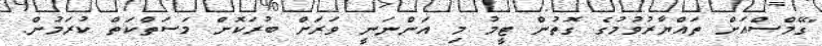
"ގޭމްސްއަށް ތައްޔާރުވުމުގެ ގޮތުން ޓީމު މި އަންނަނީ ވަރަށް ބުރަކޮށް މަސަތްކަތް ކުރަމުން.